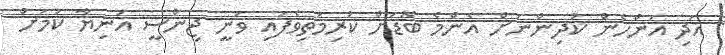
އަދި އަންހެން ކުދިންނަށް އެންމެ ބޮޑަށް ކުރިމަތިވެފައި ވަނީ ޖިންސީ އަނިޔާ ކަމަށް